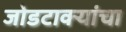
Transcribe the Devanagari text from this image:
जोडटाक्यांचा